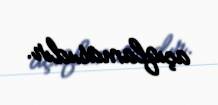
açıqlamasıdır.